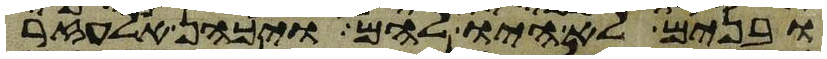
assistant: ובנים לא היו להם ויכהן אלעזר